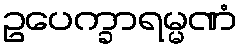
ဥပေက္ခာရမ္မဏံ